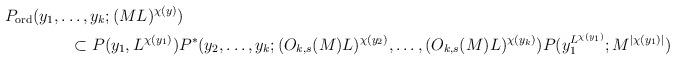
LaTeX: \begin{align*}P_\textup{ord}(y_1,\ldots,y_k;(ML)^{\chi(y)})\qquad\qquad\qquad\qquad\qquad\qquad\qquad\qquad\qquad\qquad\qquad\qquad\qquad\qquad\qquad\\\qquad\qquad\subset P(y_1,L^{\chi(y_1)})P^*(y_2,\ldots,y_k;(O_{k,s}(M)L)^{\chi(y_2)},\ldots,(O_{k,s}(M)L)^{\chi(y_k)})P(y_1^{L^{\chi(y_1)}};M^{|\chi(y_1)|})\end{align*}